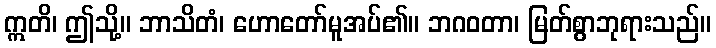
ဣတိ၊ ဤသို့။ ဘာသိတံ၊ ဟောတော်မူအပ်၏။ ဘဂဝတာ၊ မြတ်စွာဘုရားသည်။